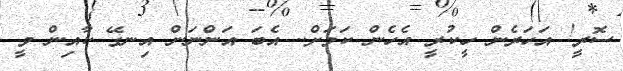
ސޮރީ! އަހަރެން ހީކުރީ އެހެން ކަމަށް.. އެބަ އަންނަން އިނގޭ ކާއިން ވީ